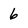
Character: 6